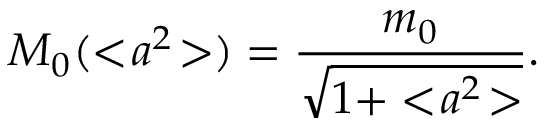
M _ { 0 } ( < \! a ^ { 2 } \! > ) = \frac { m _ { 0 } } { \sqrt { 1 + < \! a ^ { 2 } \! > } } .